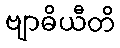
ဗျာဓိယီတိ